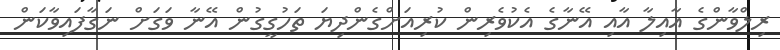
ރިލްވާންގެ އާއިލާ އާއި އޭނާގެ އެކުވެރިން ކުރިއަށްގެންދިޔަ ތަހުގީގުން އޭނާ ވަގަށް ނަގާފައިވާކަން